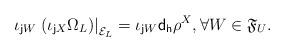
LaTeX: \begin{align*}\iota_{{\sf j} W}\left.\left(\iota_{{\sf j} X}\Omega_L\right)\right\vert_{{\cal E}_L}=\iota_{{\sf j} W}{\sf d_h} \rho^X,\forall W\in{\frak F}_U.\end{align*}